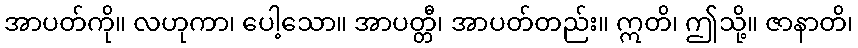
အာပတ်ကို။ လဟုကာ၊ ပေါ့သော။ အာပတ္တီ၊ အာပတ်တည်း။ ဣတိ၊ ဤသို့။ ဇာနာတိ၊